Source: Handwritten
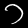
Digit: ၁ (1)